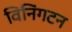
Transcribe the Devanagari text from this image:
विनिंगटन